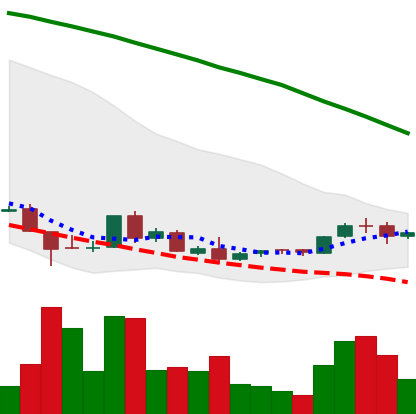
Ticker: ADA-USD
Chart end date: 2018-08-31
Forward return: -14.313%
Label: down_7plus